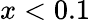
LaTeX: x<0.1